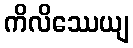
ကိလိဿေယျ